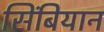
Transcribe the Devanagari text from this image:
सिंबियान